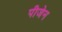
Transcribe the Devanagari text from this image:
पीजेन